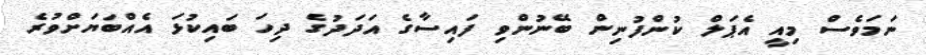
ނަމަވެސް މިއީ އެޕަލް ކުންފުނިން ބޭނުންވި ފައިސާގެ އަދަދުގެ ދިހަ ބައިކުޅަ އެއްބަޔަށްވުރެ